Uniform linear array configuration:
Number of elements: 4
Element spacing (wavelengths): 0.25
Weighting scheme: cosine
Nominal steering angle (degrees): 0
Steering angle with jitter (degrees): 1.934
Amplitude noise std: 0.05
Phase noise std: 0.05

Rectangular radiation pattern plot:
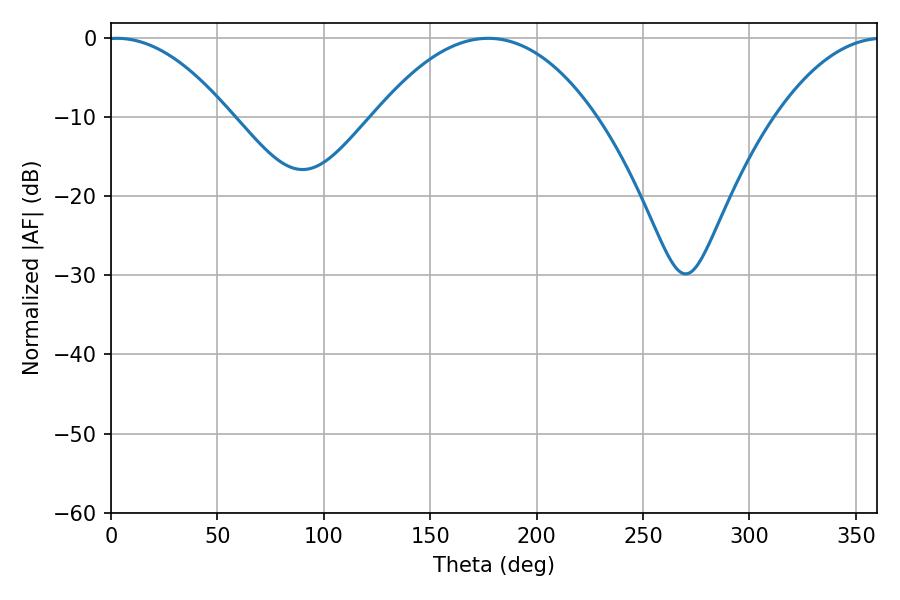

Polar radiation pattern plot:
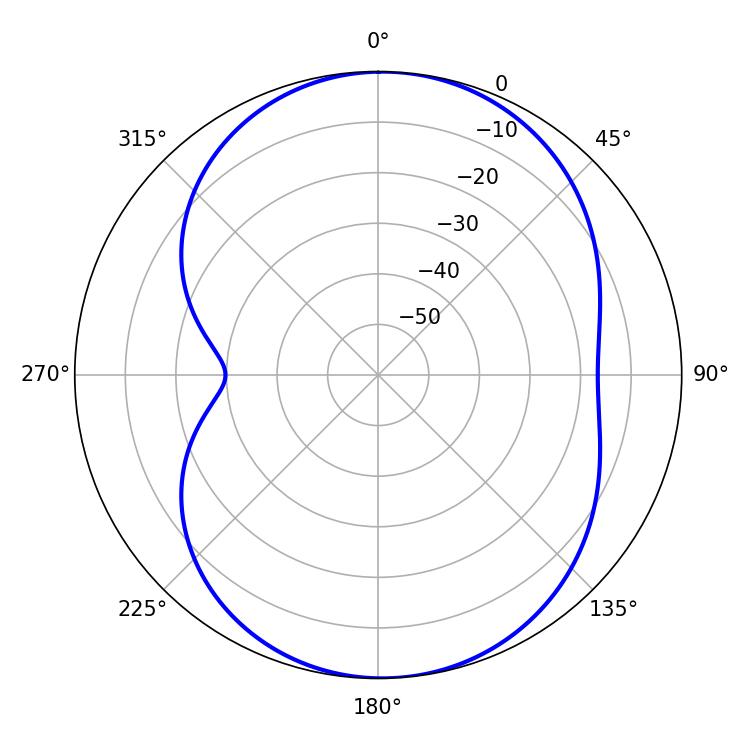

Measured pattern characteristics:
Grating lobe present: FALSE
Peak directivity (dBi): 11.38
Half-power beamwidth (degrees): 32.04
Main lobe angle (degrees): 2.7